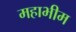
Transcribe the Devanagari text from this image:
महाभीम